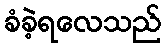
ခံခဲ့ရလေသည်